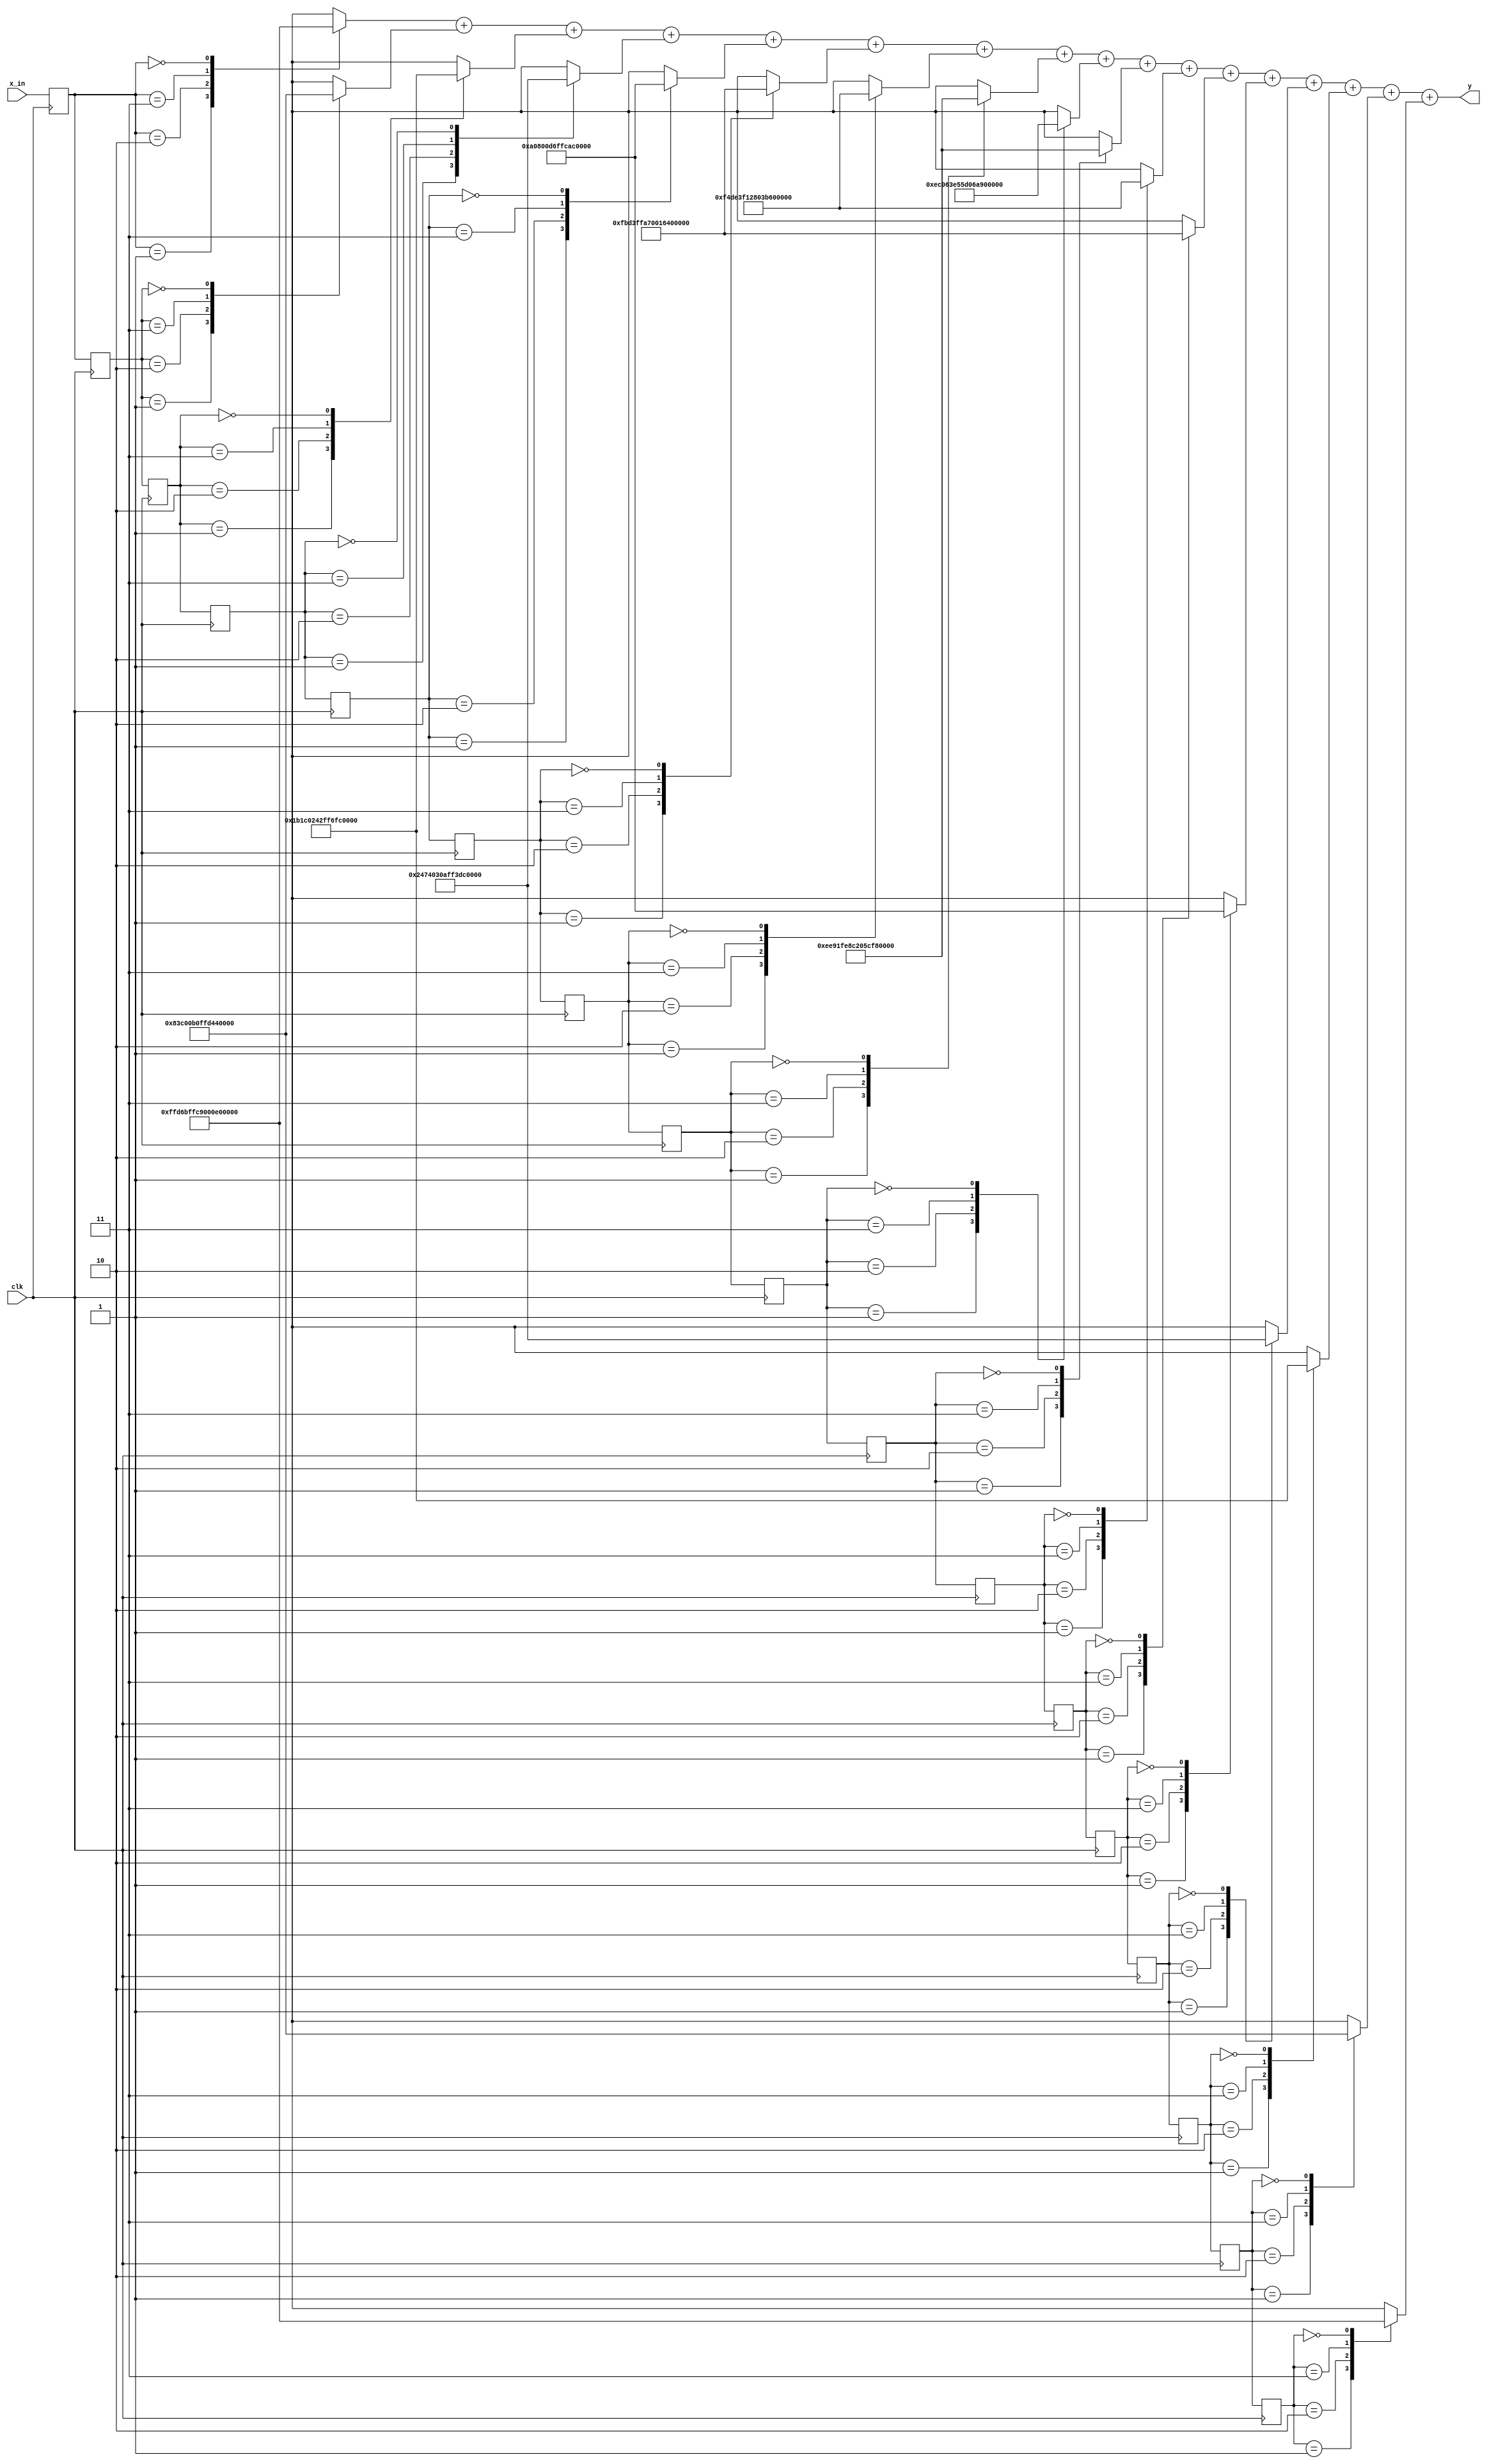
module TXNoMul_Filter(
         input clk,
		   input signed [1:0] x_in,
		   output reg signed [17:0] y   );
			
reg [17:0] hOut[0:16];
reg [1:0] xDelay [0:16];
integer i;	
	
always @ (posedge clk)
	xDelay[0] = x_in;
		
always @ (posedge clk)
	begin
		for(i=1;i<=16; i=i+1)
			xDelay[i] <= xDelay[i-1];
	end

always @ *
	case(xDelay[0])
	   2'd1: 
	      hOut[0] = -18'sd166;
	   2'd2: 
	      hOut[0] = -18'sd55;
	   2'd3: 
	      hOut[0] = 18'sd55;
	   2'd4: 
	      hOut[0] = 18'sd166;
	endcase

always @ *
	case(xDelay[1])
	   2'd1: 
	      hOut[1] = 18'sd527;
	   2'd2: 
	      hOut[1] = 18'sd176;
	   2'd3: 
	      hOut[1] = -18'sd176;
	   2'd4: 
	      hOut[1] = -18'sd527;
	endcase

always @ *
	case(xDelay[2])
	   2'd1: 
	      hOut[2] = 18'sd1735;
	   2'd2: 
	      hOut[2] = 18'sd578;
	   2'd3: 
	      hOut[2] = -18'sd578;
	   2'd4: 
	      hOut[2] = -18'sd1735;
	endcase

always @ *
	case(xDelay[3])
	   2'd1: 
	      hOut[3] = 18'sd2333;
	   2'd2: 
	      hOut[3] = 18'sd778;
	   2'd3: 
	      hOut[3] = -18'sd778;
	   2'd4: 
	      hOut[3] = -18'sd2333;
	endcase

always @ *
	case(xDelay[4])
	   2'd1: 
	      hOut[4] = 18'sd642;
	   2'd2: 
	      hOut[4] = 18'sd214;
	   2'd3: 
	      hOut[4] = -18'sd214;
	   2'd4: 
	      hOut[4] = -18'sd642;
	endcase

always @ *
	case(xDelay[5])
	   2'd1: 
	      hOut[5] = -18'sd4273;
	   2'd2: 
	      hOut[5] = -18'sd1424;
	   2'd3: 
	      hOut[5] = 18'sd1424;
	   2'd4: 
	      hOut[5] = 18'sd4273;
	endcase

always @ *
	case(xDelay[6])
	   2'd1: 
	      hOut[6] = -18'sd11400;
	   2'd2: 
	      hOut[6] = -18'sd3800;
	   2'd3: 
	      hOut[6] = 18'sd3800;
	   2'd4: 
	      hOut[6] = 18'sd11400;
	endcase

always @ *
	case(xDelay[7])
	   2'd1: 
	      hOut[7] = -18'sd17849;
	   2'd2: 
	      hOut[7] = -18'sd5950;
	   2'd3: 
	      hOut[7] = 18'sd5950;
	   2'd4: 
	      hOut[7] = 18'sd17849;
	endcase

always @ *
	case(xDelay[8])
	   2'd1: 
	      hOut[8] = -18'sd20456;
	   2'd2: 
	      hOut[8] = -18'sd6819;
	   2'd3: 
	      hOut[8] = 18'sd6819;
	   2'd4: 
	      hOut[8] = 18'sd20456;
	endcase

always @ *
	case(xDelay[9])
	   2'd1: 
	      hOut[9] = -18'sd17849;
	   2'd2: 
	      hOut[9] = -18'sd5950;
	   2'd3: 
	      hOut[9] = 18'sd5950;
	   2'd4: 
	      hOut[9] = 18'sd17849;
	endcase

always @ *
	case(xDelay[10])
	   2'd1: 
	      hOut[10] = -18'sd11400;
	   2'd2: 
	      hOut[10] = -18'sd3800;
	   2'd3: 
	      hOut[10] = 18'sd3800;
	   2'd4: 
	      hOut[10] = 18'sd11400;
	endcase

always @ *
	case(xDelay[11])
	   2'd1: 
	      hOut[11] = -18'sd4273;
	   2'd2: 
	      hOut[11] = -18'sd1424;
	   2'd3: 
	      hOut[11] = 18'sd1424;
	   2'd4: 
	      hOut[11] = 18'sd4273;
	endcase

always @ *
	case(xDelay[12])
	   2'd1: 
	      hOut[12] = 18'sd642;
	   2'd2: 
	      hOut[12] = 18'sd214;
	   2'd3: 
	      hOut[12] = -18'sd214;
	   2'd4: 
	      hOut[12] = -18'sd642;
	endcase

always @ *
	case(xDelay[13])
	   2'd1: 
	      hOut[13] = 18'sd2333;
	   2'd2: 
	      hOut[13] = 18'sd778;
	   2'd3: 
	      hOut[13] = -18'sd778;
	   2'd4: 
	      hOut[13] = -18'sd2333;
	endcase

always @ *
	case(xDelay[14])
	   2'd1: 
	      hOut[14] = 18'sd1735;
	   2'd2: 
	      hOut[14] = 18'sd578;
	   2'd3: 
	      hOut[14] = -18'sd578;
	   2'd4: 
	      hOut[14] = -18'sd1735;
	endcase

always @ *
	case(xDelay[15])
	   2'd1: 
	      hOut[15] = 18'sd527;
	   2'd2: 
	      hOut[15] = 18'sd176;
	   2'd3: 
	      hOut[15] = -18'sd176;
	   2'd4: 
	      hOut[15] = -18'sd527;
	endcase

always @ *
	case(xDelay[16])
	   2'd1: 
	      hOut[16] = -18'sd166;
	   2'd2: 
	      hOut[16] = -18'sd55;
	   2'd3: 
	      hOut[16] = 18'sd55;
	   2'd4: 
	      hOut[16] = 18'sd166;
	endcase


always @ *
	y = hOut[0] + hOut[1] + hOut[2] +
		 hOut[3] + hOut[4] + hOut[5] + 
		 hOut[6] + hOut[7] + hOut[8] + 
		 hOut[9] + hOut[10] + hOut[11] + 
		 hOut[12] + hOut[13] + hOut[14] + 
		 hOut[15] + hOut[16];
		 
	
	
endmodule